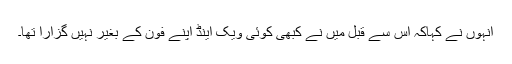
انہوں نے کہاکہ اس سے قبل میں نے کبھی کوئی ویک اینڈ اپنے فون کے بغیر نہیں گزارا تھا۔